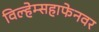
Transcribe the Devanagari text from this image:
विल्हेम्सहाफेनवर